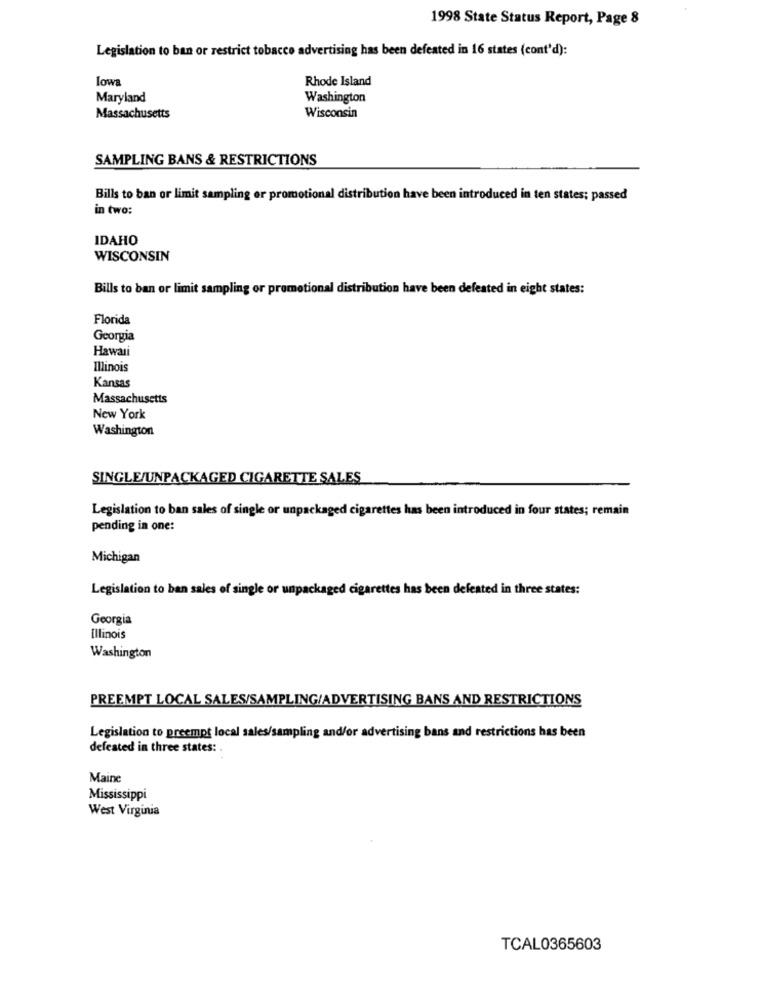
1998 State Status Report, Page 8
Legislation to ban or restrict tobacco advertising has been defeated in 16 states (cont'd):
lowa
Rhode Island
Maryland
Washington
Massachusetts
Wisconsin
SAMPLING BANS & RESTRICTIONS
Bills to ban or limit sampling or promotional distribution have been introduced in ten states; passed
in two:
IDAHO
WISCONSIN
Bills to ban or limit sampling or promotional distribution have been defeated in eight states:
Florida
Georgia
Hawaii
Illinois
Kansas
Massachusetts
New York
Washington
SINGLE/UNPACKAGED CIGARETTE SALES
Legislation to ban sales of single or unpackaged cigarettes has been introduced in four states; remain
pending in one:
Michigan
Legislation to ban sales of single or unpackaged cigarettes has been defeated in three states:
Georgia
Illinois
Washington
PREEMPT LOCAL SALES/SAMPLING/ADVERTISING BANS AND RESTRICTIONS
Legislation to preempt local sales/sampling and/or advertising bans and restrictions has been
defeated in three states:
Maine
Mississippi
West Virginia
TCAL0365603